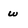
Character: w